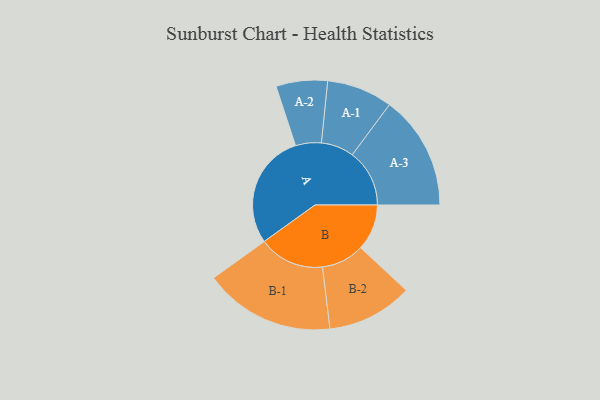
{"axis": {"x": "Segment", "y": "Value"}, "legend": ["", "A", "B"], "data": [{"x": "A", "y": 497, "type": ""}, {"x": "B", "y": 199, "type": ""}, {"x": "A-1", "y": 142, "type": "A"}, {"x": "A-2", "y": 111, "type": "A"}, {"x": "A-3", "y": 247, "type": "A"}, {"x": "B-1", "y": 283, "type": "B"}, {"x": "B-2", "y": 185, "type": "B"}]}